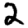
Digit: 2